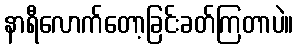
နာရီလောက်တော့ခြင်းခတ်ကြတာပဲ။